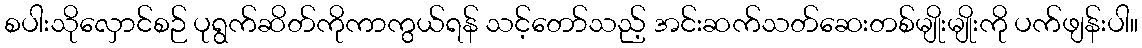
စပါးသိုလှောင်စဉ် ပုရွက်ဆိတ်ကိုကာကွယ်ရန် သင့်တော်သည့် အင်းဆက်သတ်ဆေးတစ်မျိုးမျိုးကို ပက်ဖျန်းပါ။